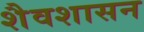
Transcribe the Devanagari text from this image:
शैवशासन